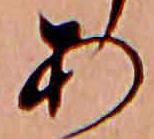
あ